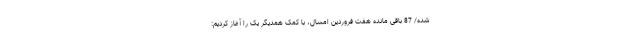
شده/ 87 باقی مانده هفت فروردین امسال، با کمک همدیگر یک را آغاز کردیم: